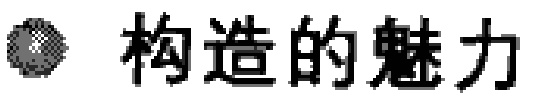
$\bullet$ 构造的魅力